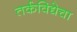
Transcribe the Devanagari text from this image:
तर्कविद्येचा